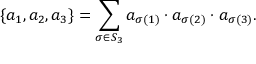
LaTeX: \{ a _ { 1 } , a _ { 2 } , a _ { 3 } \} = \sum _ { \sigma \in S _ { 3 } } a _ { \sigma ( 1 ) } \cdot a _ { \sigma ( 2 ) } \cdot a _ { \sigma ( 3 ) } .